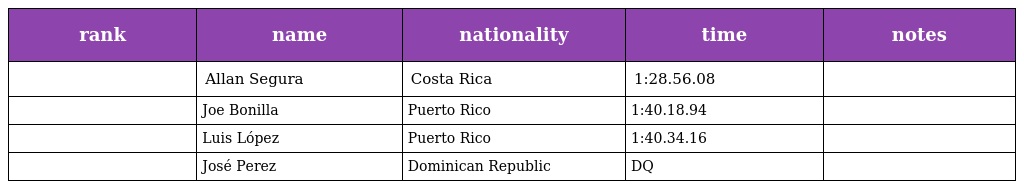
| rank | name | nationality | time | notes |
 | --- | --- | --- | --- | --- |
 |  | Allan Segura | Costa Rica | 1:28.56.08 |  |
 |  | Joe Bonilla | Puerto Rico | 1:40.18.94 |  |
 |  | Luis López | Puerto Rico | 1:40.34.16 |  |
 |  | José Perez | Dominican Republic | DQ |  |